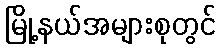
မြို့နယ်အများစုတွင်